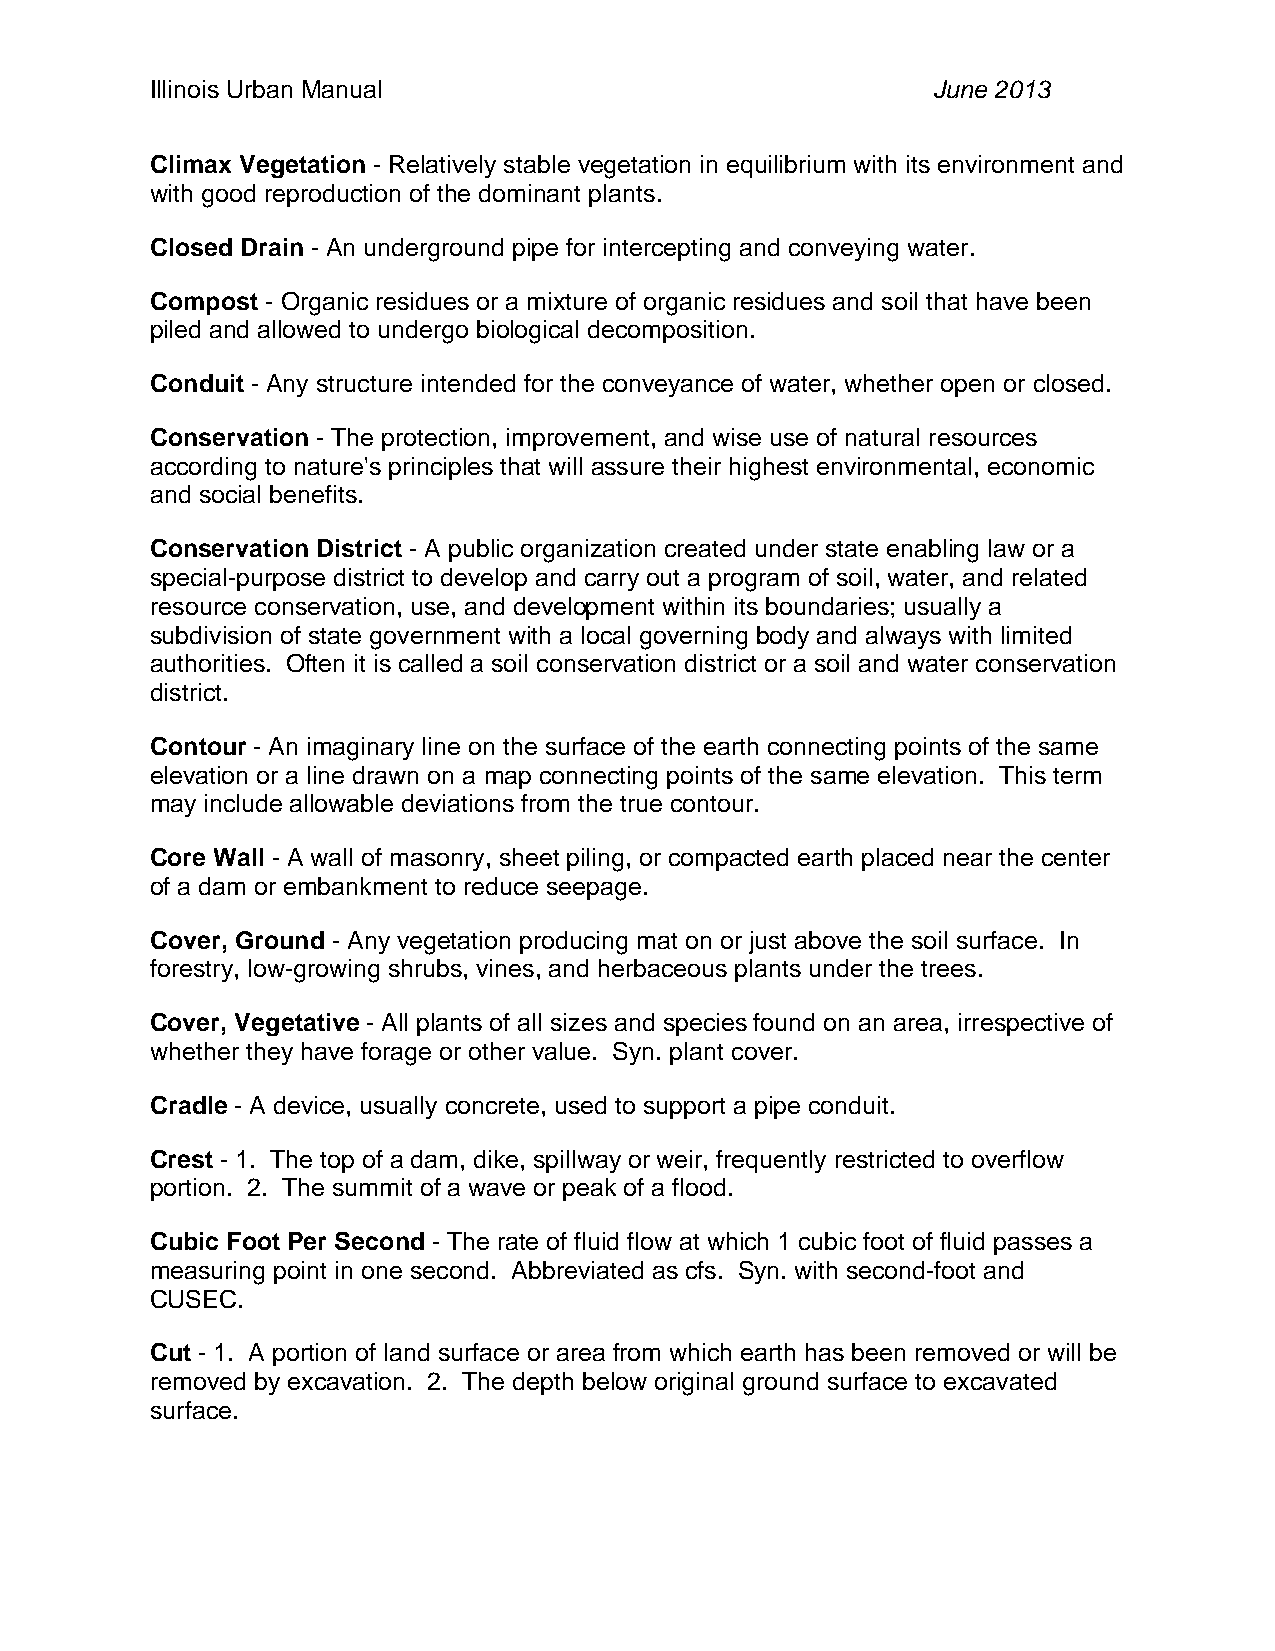
Illinois Urban Manual                               June 2013
 Climax Vegetation - Relatively stable vegetation in equilibrium with its environment and
 with good reproduction of the dominant plants.
 Closed Drain - An underground pipe for intercepting and conveying water.
 Compost - Organic residues or a mixture of organic residues and soil that have been
 piled and allowed to undergo biological decomposition.
 Conduit - Any structure intended for the conveyance of water, whether open or closed.
 Conservation - The protection, improvement, and wise use of natural resources
 according to nature's principles that will assure their highest environmental, economic
 and social benefits.
 Conservation District - A public organization created under state enabling law or a
 special-purpose district to develop and carry out a program of soil, water, and related
 resource conservation, use, and development within its boundaries; usually a
 subdivision of state government with a local governing body and always with limited
 authorities. Often it is called a soil conservation district or a soil and water conservation
 district.
 Contour - An imaginary line on the surface of the earth connecting points of the same
 elevation or a line drawn on a map connecting points of the same elevation. This term
 may include allowable deviations from the true contour.
 Core Wall - A wall of masonry, sheet piling, or compacted earth placed near the center
 of a dam or embankment to reduce seepage.
 Cover, Ground - Any vegetation producing mat on or just above the soil surface. In
 forestry, low-growing shrubs, vines, and herbaceous plants under the trees.
 Cover, Vegetative - All plants of all sizes and species found on an area, irrespective of
 whether they have forage or other value. Syn. plant cover.
 Cradle - A device, usually concrete, used to support a pipe conduit.
 Crest - 1. The top of a dam, dike, spillway or weir, frequently restricted to overflow
 portion. 2. The summit of a wave or peak of a flood.
 Cubic Foot Per Second - The rate of fluid flow at which 1 cubic foot of fluid passes a
 measuring point in one second. Abbreviated as cfs. Syn. with second-foot and
 CUSEC.
 Cut - 1. A portion of land surface or area from which earth has been removed or will be
 removed by excavation. 2. The depth below original ground surface to excavated
 surface.